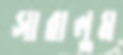
সারালুম